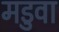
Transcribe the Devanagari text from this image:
मडुवा